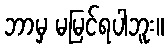
ဘာမှ မမြင်ရပါဘူး။